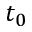
t _ { 0 }